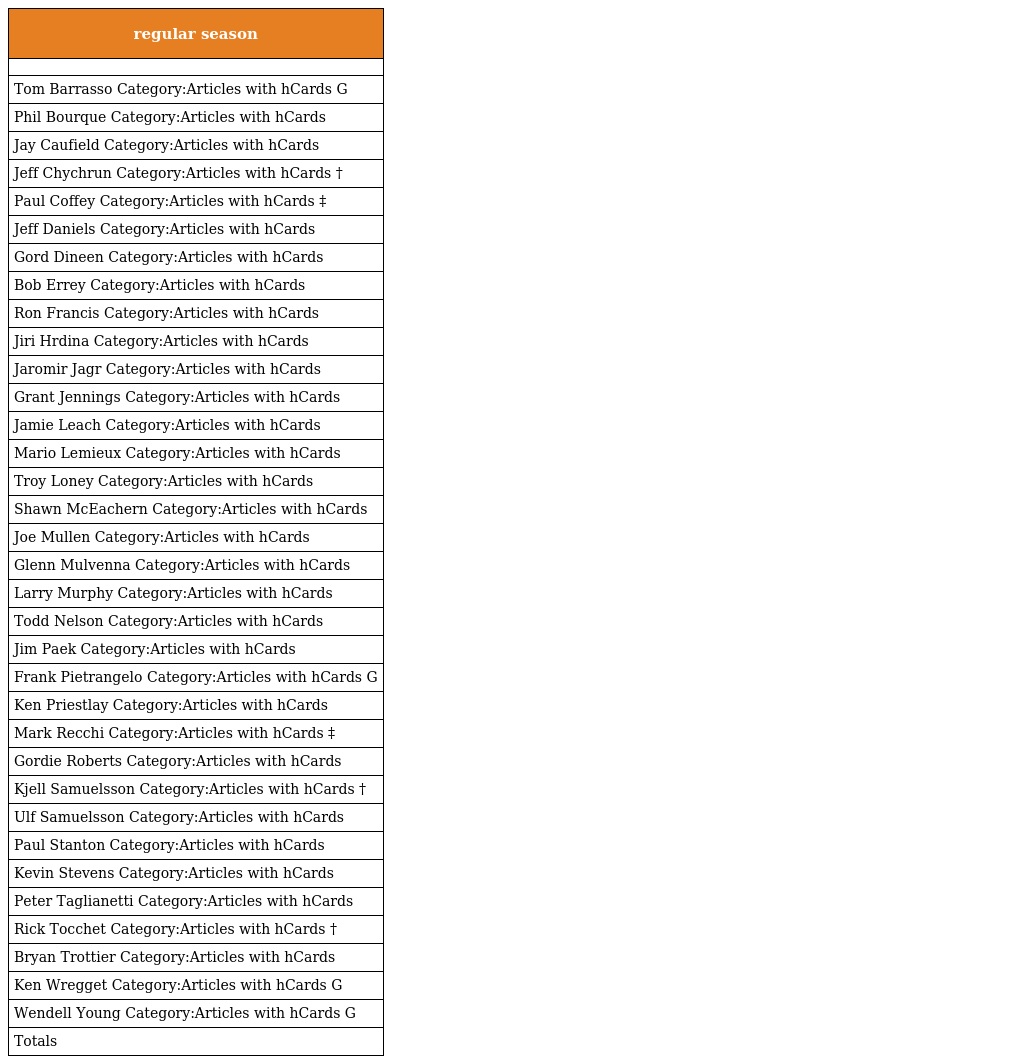
| regular season |
 | --- |
 |  |
 | Tom Barrasso Category:Articles with hCards G |
 | Phil Bourque Category:Articles with hCards |
 | Jay Caufield Category:Articles with hCards |
 | Jeff Chychrun Category:Articles with hCards † |
 | Paul Coffey Category:Articles with hCards ‡ |
 | Jeff Daniels Category:Articles with hCards |
 | Gord Dineen Category:Articles with hCards |
 | Bob Errey Category:Articles with hCards |
 | Ron Francis Category:Articles with hCards |
 | Jiri Hrdina Category:Articles with hCards |
 | Jaromir Jagr Category:Articles with hCards |
 | Grant Jennings Category:Articles with hCards |
 | Jamie Leach Category:Articles with hCards |
 | Mario Lemieux Category:Articles with hCards |
 | Troy Loney Category:Articles with hCards |
 | Shawn McEachern Category:Articles with hCards |
 | Joe Mullen Category:Articles with hCards |
 | Glenn Mulvenna Category:Articles with hCards |
 | Larry Murphy Category:Articles with hCards |
 | Todd Nelson Category:Articles with hCards |
 | Jim Paek Category:Articles with hCards |
 | Frank Pietrangelo Category:Articles with hCards G |
 | Ken Priestlay Category:Articles with hCards |
 | Mark Recchi Category:Articles with hCards ‡ |
 | Gordie Roberts Category:Articles with hCards |
 | Kjell Samuelsson Category:Articles with hCards † |
 | Ulf Samuelsson Category:Articles with hCards |
 | Paul Stanton Category:Articles with hCards |
 | Kevin Stevens Category:Articles with hCards |
 | Peter Taglianetti Category:Articles with hCards |
 | Rick Tocchet Category:Articles with hCards † |
 | Bryan Trottier Category:Articles with hCards |
 | Ken Wregget Category:Articles with hCards G |
 | Wendell Young Category:Articles with hCards G |
 | Totals |